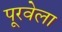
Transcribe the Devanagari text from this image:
पूरवेला